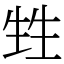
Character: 甡